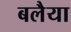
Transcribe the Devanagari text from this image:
बलैया